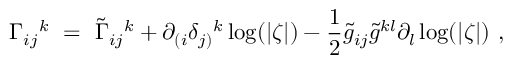
\Gamma _ { i j } { } ^ { k } \ = \ \tilde { \Gamma } _ { i j } { } ^ { k } + \partial _ { ( i } \delta _ { j ) } { } ^ { k } \log ( | \zeta | ) - \frac 1 2 \tilde { g } _ { i j } \tilde { g } ^ { k l } \partial _ { l } \log ( | \zeta | ) ~ ,